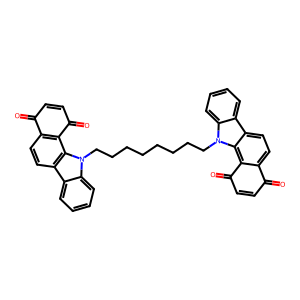
SMILES: O=C1C=CC(=O)c2c1ccc1c3ccccc3n(CCCCCCCCn3c4ccccc4c4ccc5c(c43)C(=O)C=CC5=O)c21
Inhibits HIV replication: No